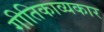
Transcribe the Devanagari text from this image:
गीतिकाव्यकार